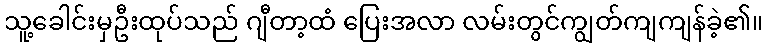
သူ့ခေါင်းမှဦးထုပ်သည် ဂျီတာ့ထံ ပြေးအလာ လမ်းတွင်ကျွတ်ကျကျန်ခဲ့၏။